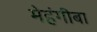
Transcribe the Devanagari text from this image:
मेहंगीबा